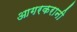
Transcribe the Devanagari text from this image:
आगरकरानी